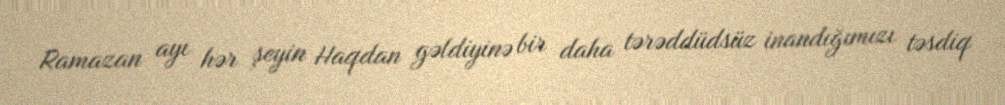
Ramazan ayı hər şeyin Haqdan gəldiyinə bir daha tərəddüdsüz inandığımızı təsdiq